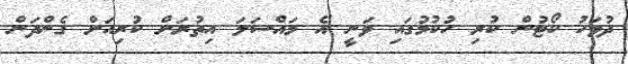
ދުވަހު ކޯޓުން ކުރި ހުކުމުގައި ވަނީ އެ މައްސަލަ އިތުރަށް ކުރިއަށް ގެންދަން